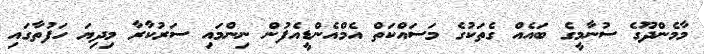
މާމެންދޫގެ ސުނާމީގެ ބައެއް ގެތަކުގެ މަސައްކަތް އެމްއެންޑީއެފުން ނިންމައި ސަރުކާރާ މިދިޔަ ހަފުތާގައި